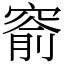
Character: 窬